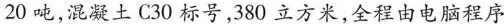
20吨，混凝土C30标号380立方米,全程由电脑程序